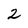
Character: 2